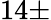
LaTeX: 14\pm